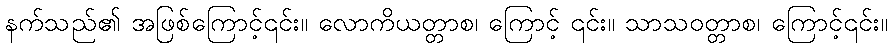
နက်သည်၏ အဖြစ်ကြောင့်၎င်း။ လောကိယတ္တာစ၊ ကြောင့် ၎င်း။ သာသဝတ္တာစ၊ ကြောင့်၎င်း။